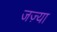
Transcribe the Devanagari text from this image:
जज़्या